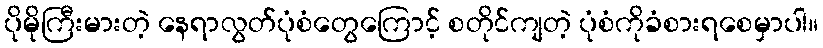
ပိုမိုကြီးမားတဲ့ နေရာလွတ်ပုံစံတွေကြောင့် စတိုင်ကျတဲ့ ပုံစံကိုခံစားရစေမှာပါ။